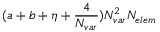
( a + b + \eta + \frac { 4 } { \ensuremath { N _ { v a r } } } ) \ensuremath { N _ { v a r } } ^ { 2 } \ensuremath { N _ { e l e m } }